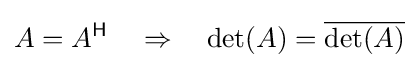
A=A^{\mathsf {H}}\quad \Rightarrow \quad \det(A)={\overline {\det(A)}}